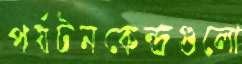
পর্যটনকেন্দ্রগুলো